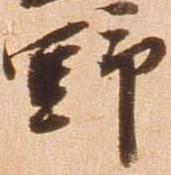
野